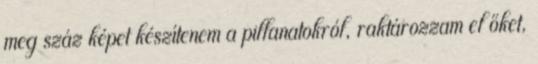
meg száz képet készítenem a pillanatokról, raktározzam el őket,